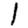
Digit: 1